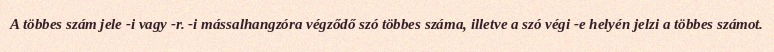
A többes szám jele -i vagy -r. -i mássalhangzóra végződő szó többes száma, illetve a szó végi -e helyén jelzi a többes számot.